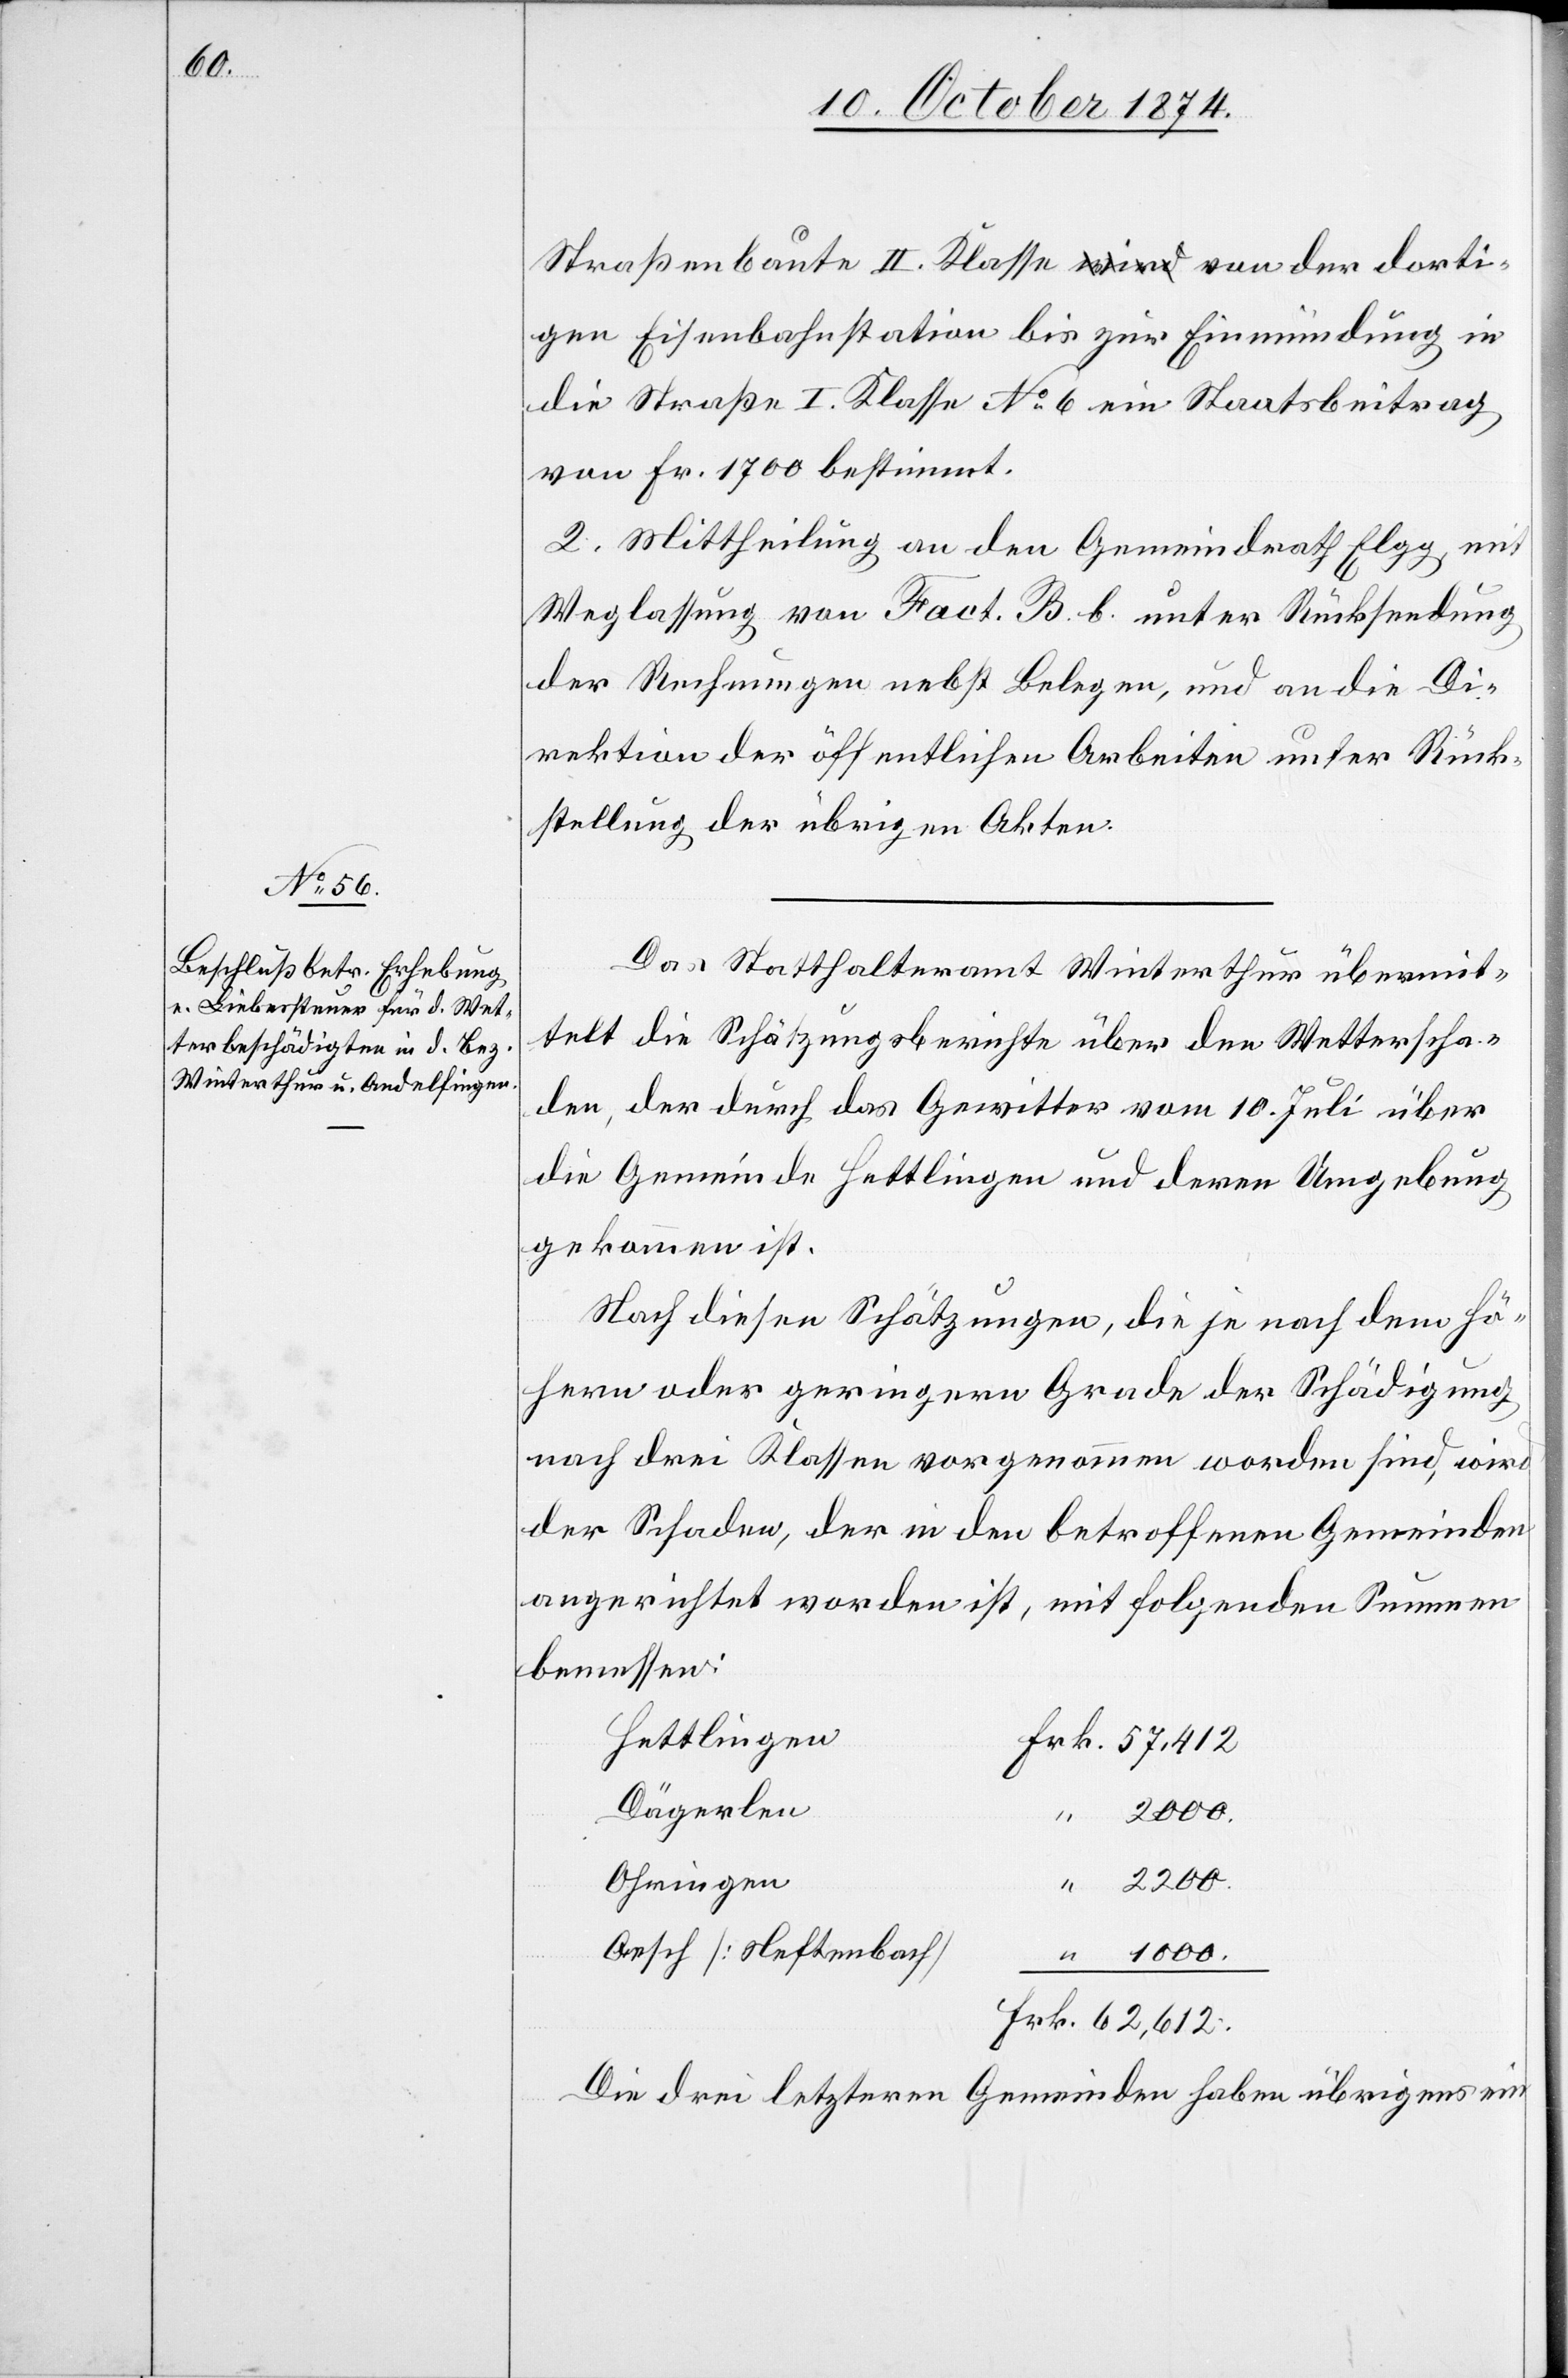
1000.

Straßenbaute II. Klasse von der dorti¬
gen Eisenbahnstation bis zur Einmündung in
die Straße I. Klasse No 6 ein Staatsbeitrag
von Fr. 1700 bestimmt.
2. Mittheilung an den Gemeindrath Elgg mit
Weglassung von Fact. B. b. unter Rücksendung
der Rechnungen nebst Belegen, und an die Di¬
rektion der öffentlichen Arbeiten unter Rück¬
stellung der übrigen Akten.
Das Statthalteramt Winterthur übermit¬
telt die Schätzungsberichte über den Wetterscha¬
den, der durch das Gewitter vom 10. Juli über
die Gemeinde Hettlingen und deren Umgebung
gekommen ist.
Nach diesen Schätzungen, die je nach dem hö¬
hern oder geringern Grade der Schädigung
nach drei Klassen vorgenommen worden sind, wird
der Schaden, der in den betroffenen Gemeinden
angerichtet worden ist, mit folgenden Summen
bemessen:
Hettlingen
Dägerlen
Ohringen
Aesch [Neftenbach]
Die drei letztern Gemeinden haben übrigens ein